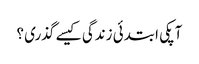
آپکی ابتدئی زندگی کیسے گذری ؟